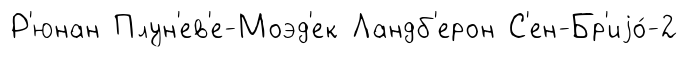
Р'юнан Плун'ев'е-Моэд'ек Ландб'ерон С'ен-Бр'иjо́-2